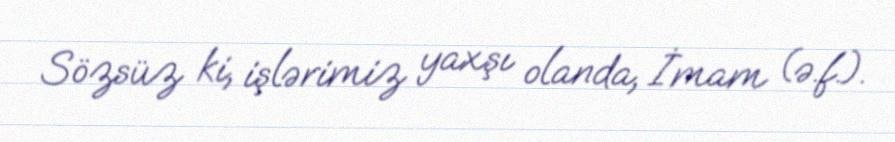
Sözsüz ki, işlərimiz yaxşı olanda, İmam (ə.f.).